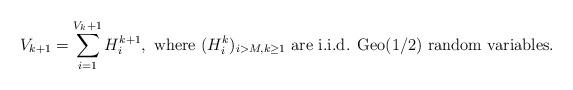
LaTeX: \begin{align*}V_{k+1} = \sum_{i = 1}^{V_k + 1} H_i^{k+1}, \mbox{ where } (H_i^k)_{i > M, k \geq 1} \mbox{ are i.i.d. Geo(1/2) random variables. }\end{align*}